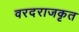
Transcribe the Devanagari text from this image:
वरदराजकृत